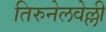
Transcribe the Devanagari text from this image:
तिरुनेलवेल्ली